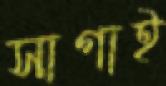
সাগাই